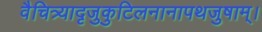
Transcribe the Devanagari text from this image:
वैचित्र्यादृजुकुटिलनानापथजुषाम्।